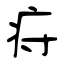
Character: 疛